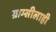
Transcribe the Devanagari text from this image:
ग्राम्सीलाही